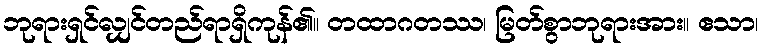
ဘုရားရှင်လျှင်တည်ရာရှိကုန်၏။ တထာဂတဿ၊ မြတ်စွာဘုရားအား။ ဧသာ၊